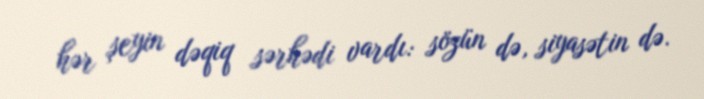
hər şeyin dəqiq sərhədi vardı: sözün də, siyasətin də.